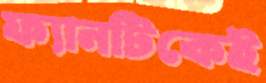
ফ্যানটিকেই